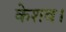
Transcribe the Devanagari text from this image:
केशव।